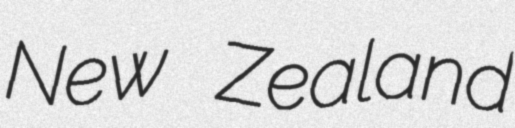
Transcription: New Zealand